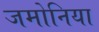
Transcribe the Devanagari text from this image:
जमोनिया